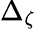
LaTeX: \Delta_{\zeta}